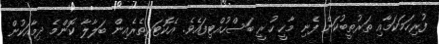
ފުރިހަމަކަމާއި ތަރުތީބުކަން ފެނި މާހީ ހުރީ ބަސްހުއްޓިފައެވެ. އެކޮޓަރިތެރެއިން ބަލާލާ ކޮންމެ ދިމާއަކުން